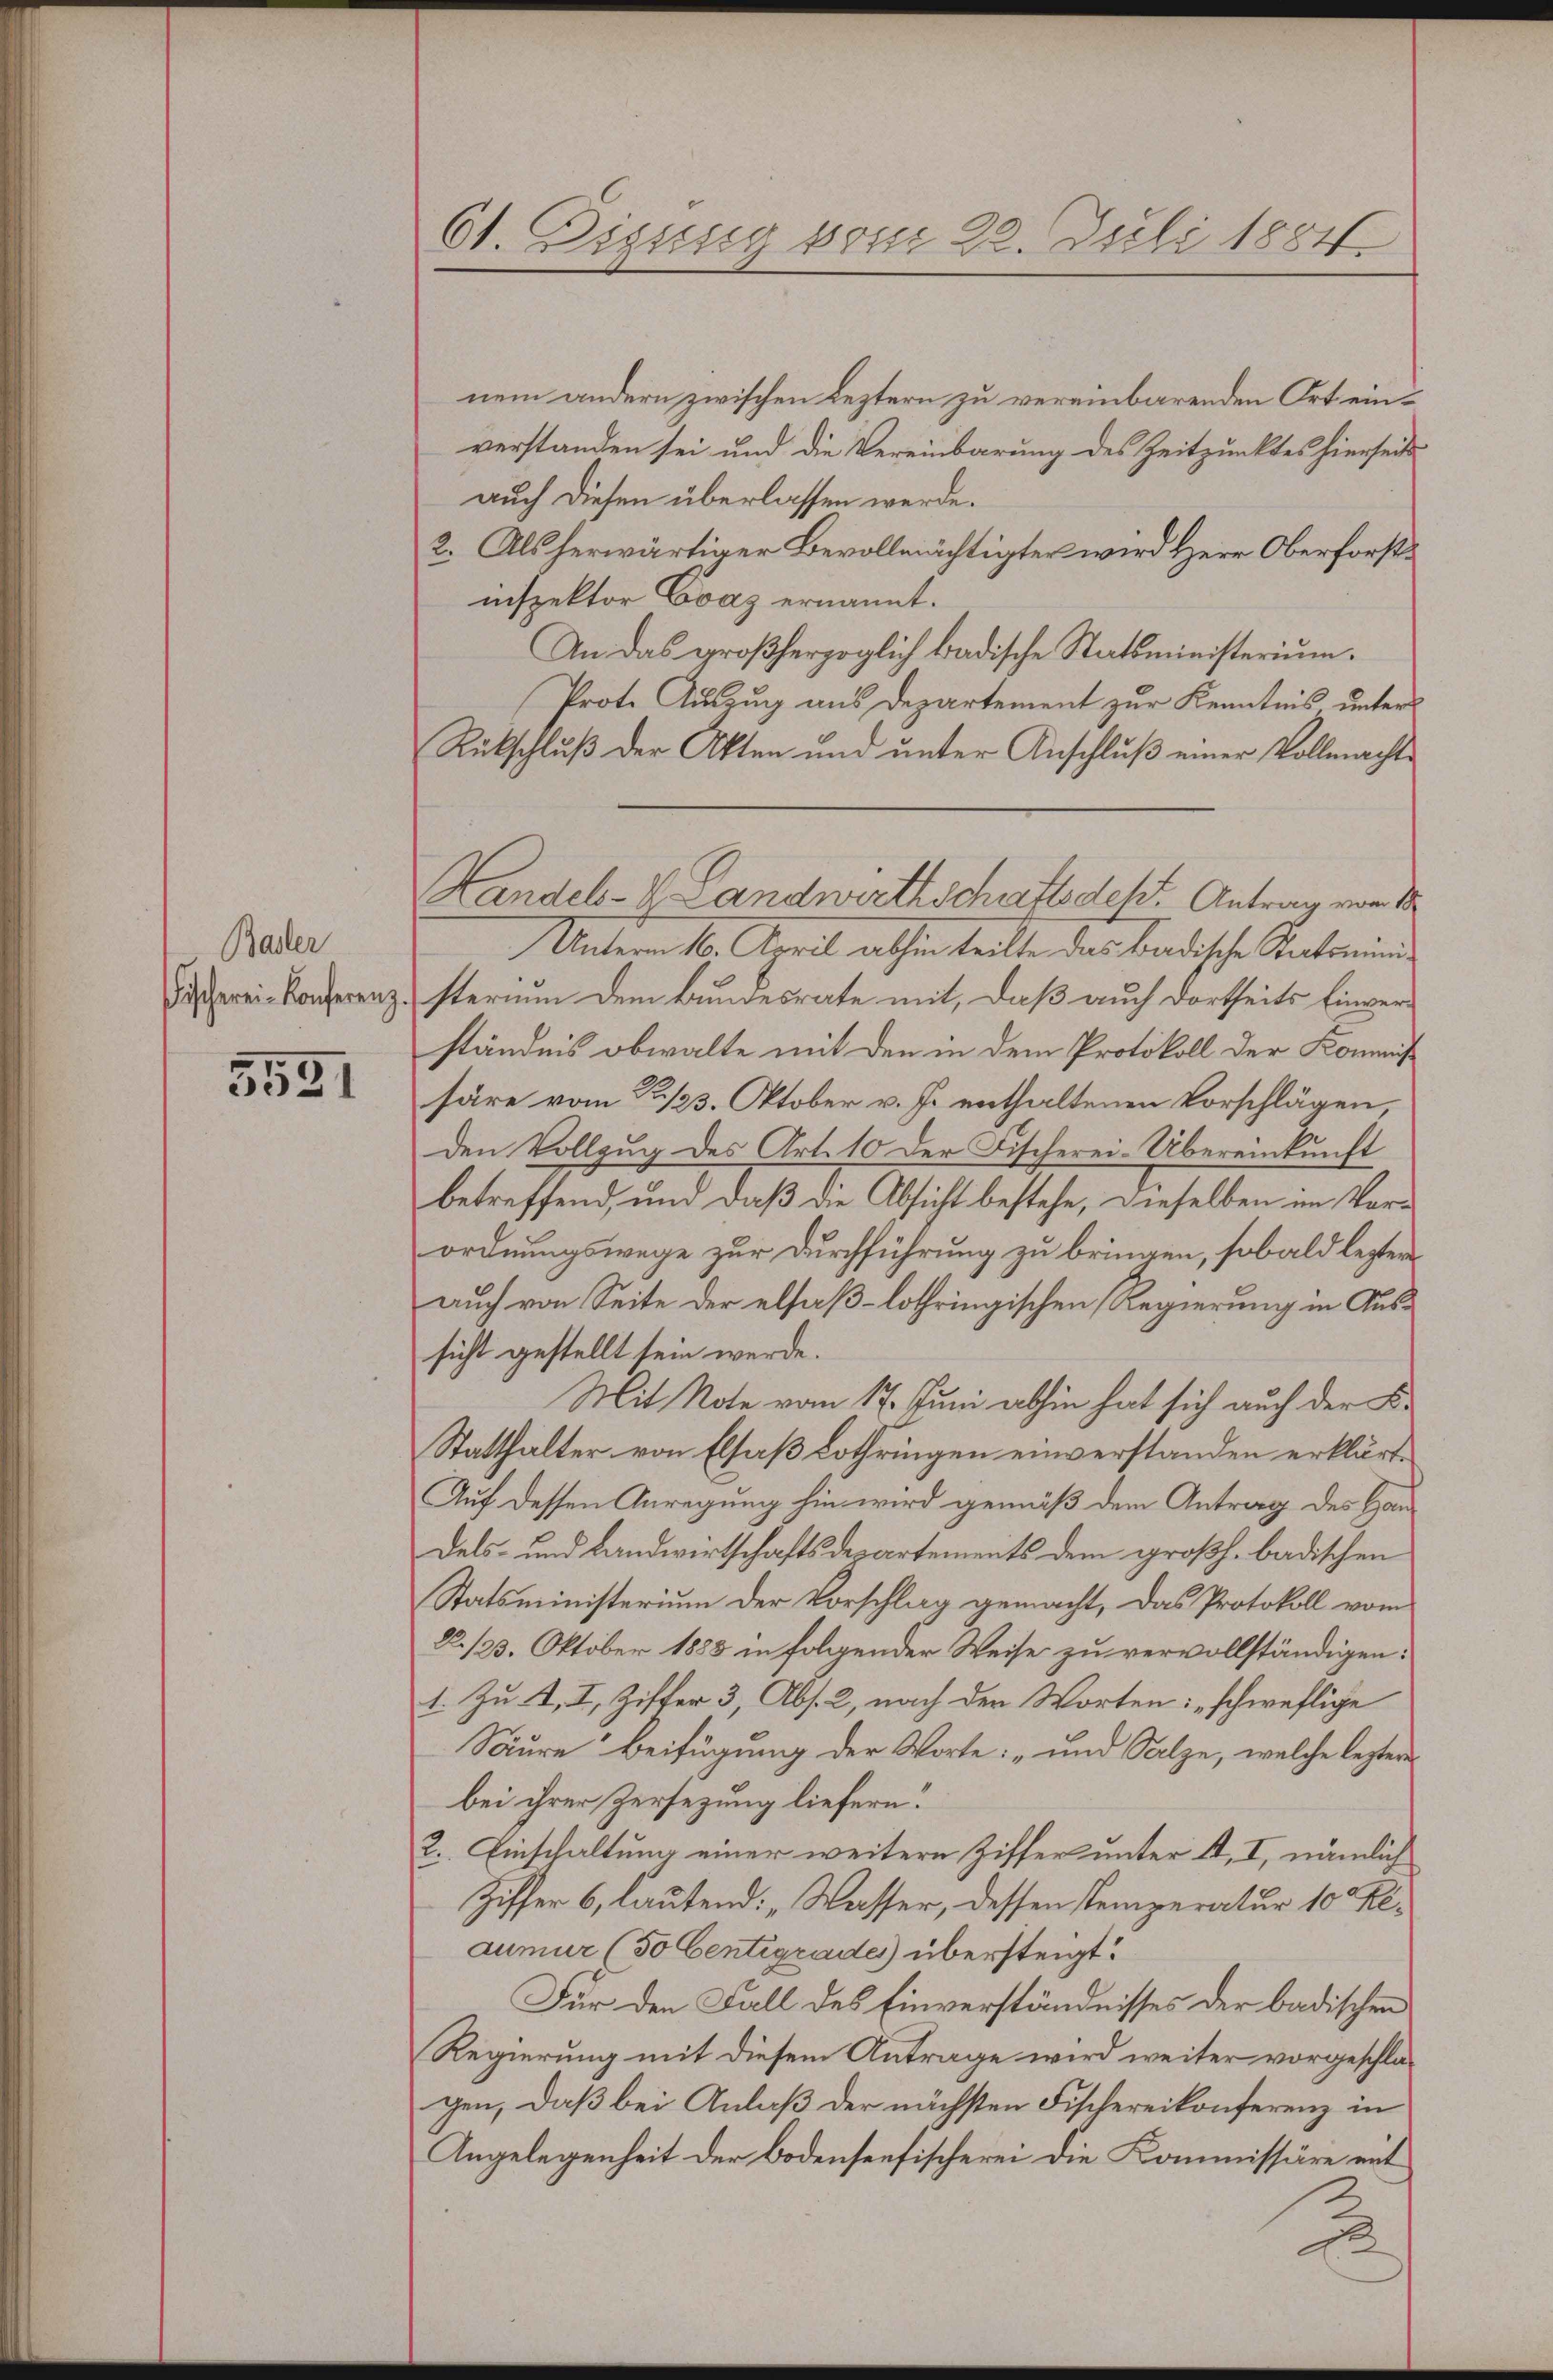
Badler
Fischerei Konferenz.

5531

61. Digung vom 28. Juli 1884.

nem andern zwischen Leztern zu vereinbarenden Ort einverstanden sei und die Vereinbarung des Zeitpunktes hierseits
auch diesen überlassen werde.
2. Als herwärtiger Bevollmächtigter wird Herr Oberforstinspektor Evaz ernannt.
An das großherzoglich badische Statsministerium.
Prote Auszug aus Departement zur Kenntnis unters
Rückschluß der Akten und unter Anschluß einer Vollmachte
Unterm 10. April abhin teilte das Badische Rectorin
sterium dem Bundesrate mit, daß auch dortheits Einverständnis obwalte mit den in dem Protokoll der Kommiß
häre vom 2./23. Oktober v. J. enthaltenen Vorschlägen,
den Vollzug des Art. 10 der Fischerei-Übereinkunft
betreffend, und daß die Absicht bestehe, dieselben im Vorordnungswege zur Durchführung zu bringen, sobald lezter
auch von Seite der elsaß-lothringischen Regierung in Aussicht gestellt sein werde.
Mit Note vom 17. Juni abhin hat sich auch der K.
Statthalter von Elsaß Lothringen einverstanden erklärt.
Auf dessen Anregung hin wird gemäß dem Antrag des Handels- und Landwirtschaftsdepartements dem großh. badischen
Statsministerium der Vorschlag gemacht, das Protokoll vom
N 123. Oktober 1883 in folgender Weise zu vervollständigen:
1. Zu 4, I, Ziffer 3, Abs. 2, nach der Worten: „schweflige
Spure Beifügung der Worte: „und Salze, welche lezter
bei ihrer Zersezung liefern.
2. Einschaltung einer weitern Ziffer unter 44, I, nämlich
Ziffer 6, lautend: „Wasser, dessen Stemperatur 10 Peaumur (50 Centigrades übersteigt?
Für den Fall des Einverständnisses der badischen
Regierung mit diesem Antrage wird weiter vorgeschlagen, daß bei Anlaß der nächsten Fischereikonferenz in
Angelegenheit der Bodenseefischerei die Kommissäre mit
2

Handels- & Landwirthschaftsdekt. Antrag vom 18.